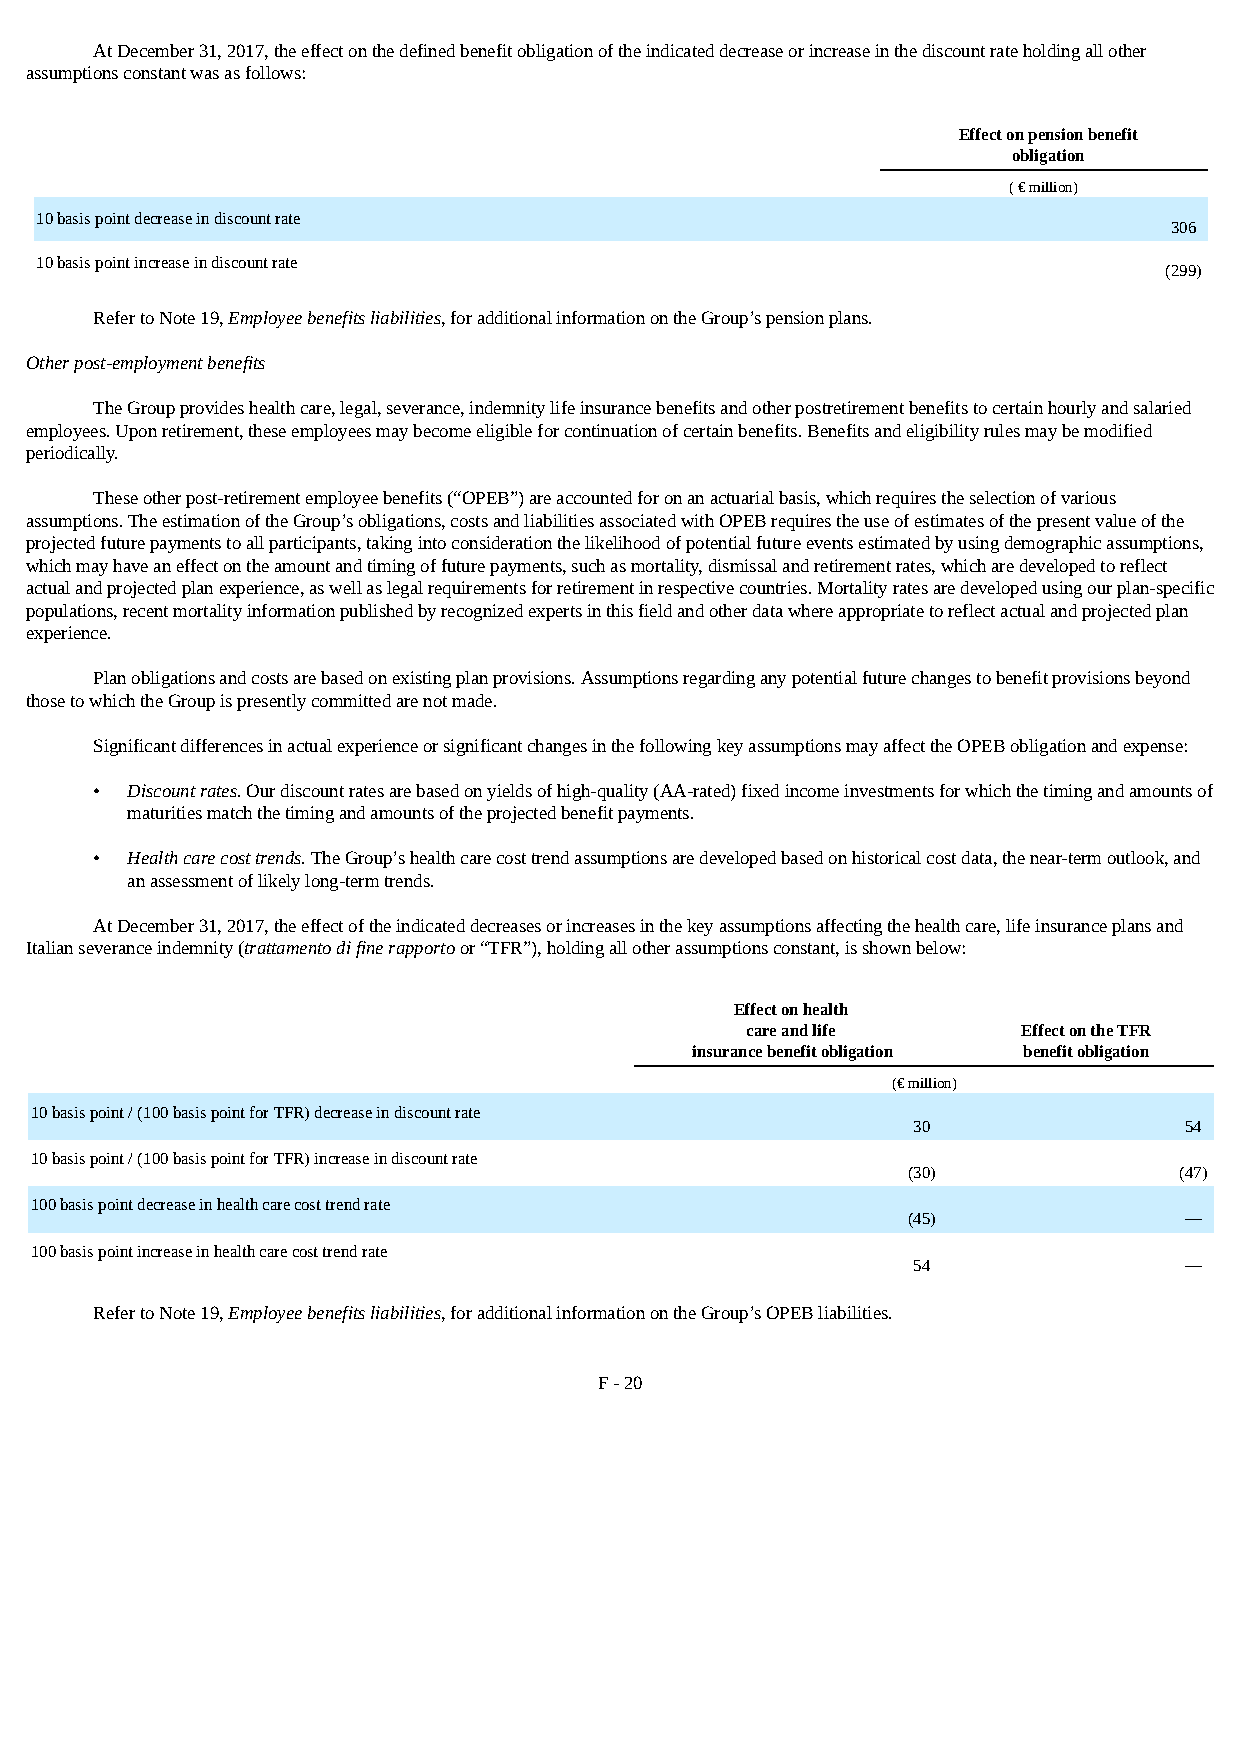
At December 31, 2017, the effect on the defined benefit obligation of the indicated decrease or increase in the discount rate holding all other
 assumptions constant was as follows:
 Effect on pension benefit
 obligation
 ( € million)
 10 basis point decrease in discount rate
 306
 10 basis point increase in discount rate
 (299)
 Refer to Note 19, Employee benefits liabilities, for additional information on the Group’s pension plans.
 Other post-employment benefits
 The Group provides health care, legal, severance, indemnity life insurance benefits and other postretirement benefits to certain hourly and salaried
 employees. Upon retirement, these employees may become eligible for continuation of certain benefits. Benefits and eligibility rules may be modified
 periodically.
 These other post-retirement employee benefits (“OPEB”) are accounted for on an actuarial basis, which requires the selection of various
 assumptions. The estimation of the Group’s obligations, costs and liabilities associated with OPEB requires the use of estimates of the present value of the
 projected future payments to all participants, taking into consideration the likelihood of potential future events estimated by using demographic assumptions,
 which may have an effect on the amount and timing of future payments, such as mortality, dismissal and retirement rates, which are developed to reflect
 actual and projected plan experience, as well as legal requirements for retirement in respective countries. Mortality rates are developed using our plan-specific
 populations, recent mortality information published by recognized experts in this field and other data where appropriate to reflect actual and projected plan
 experience.
 Plan obligations and costs are based on existing plan provisions. Assumptions regarding any potential future changes to benefit provisions beyond
 those to which the Group is presently committed are not made.
 Significant differences in actual experience or significant changes in the following key assumptions may affect the OPEB obligation and expense:
 • Discount rates. Our discount rates are based on yields of high-quality (AA-rated) fixed income investments for which the timing and amounts of
 maturities match the timing and amounts of the projected benefit payments.
 • Health care cost trends. The Group’s health care cost trend assumptions are developed based on historical cost data, the near-term outlook, and
 an assessment of likely long-term trends.
 At December 31, 2017, the effect of the indicated decreases or increases in the key assumptions affecting the health care, life insurance plans and
 Italian severance indemnity (trattamento di fine rapporto or “TFR”), holding all other assumptions constant, is shown below:
 Effect on health
 care and life      Effect on the TFR
 insurance benefit obligation benefit obligation
 (€ million)
 10 basis point / (100 basis point for TFR) decrease in discount rate
 30                54
 10 basis point / (100 basis point for TFR) increase in discount rate
 (30)              (47)
 100 basis point decrease in health care cost trend rate
 (45)              —
 100 basis point increase in health care cost trend rate
 54                —
 Refer to Note 19, Employee benefits liabilities, for additional information on the Group’s OPEB liabilities.
 F - 20